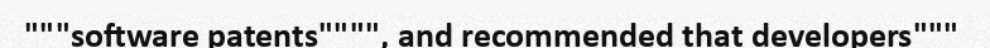
"""software patents"""", and recommended that developers"""